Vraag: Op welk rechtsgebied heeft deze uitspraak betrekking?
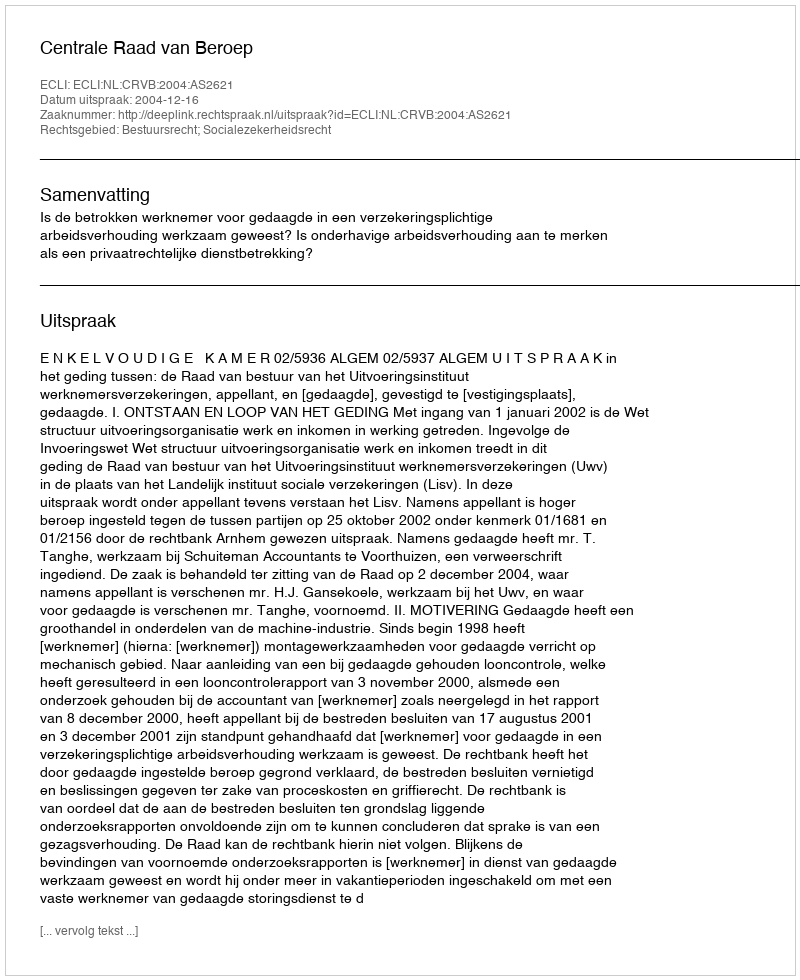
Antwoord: Bestuursrecht; Socialezekerheidsrecht